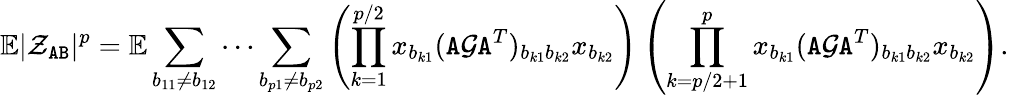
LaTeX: \mathbb{E}|\mathcal{Z}_{{\texttt A}{\texttt B}}|^{p}=\mathbb{E}\sum_{b_{11}\neq b_{12}}\cdots\sum_{b_{p1}\neq b_{p2}}\left(\prod_{k=1}^{p/2}x_{b_{k1}}({\texttt A}{\mathcal G}{\texttt A}^{T})_{b_{k1}b_{k2}}x_{b_{k2}}\right)\left(\prod_{k=p/2+1}^{p}x_{b_{k1}}({\texttt A}{\mathcal G}{\texttt A}^{T})_{b_{k1}b_{k2}}x_{b_{k2}}\right).